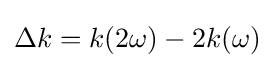
\Delta k=k(2\omega )-2k(\omega )